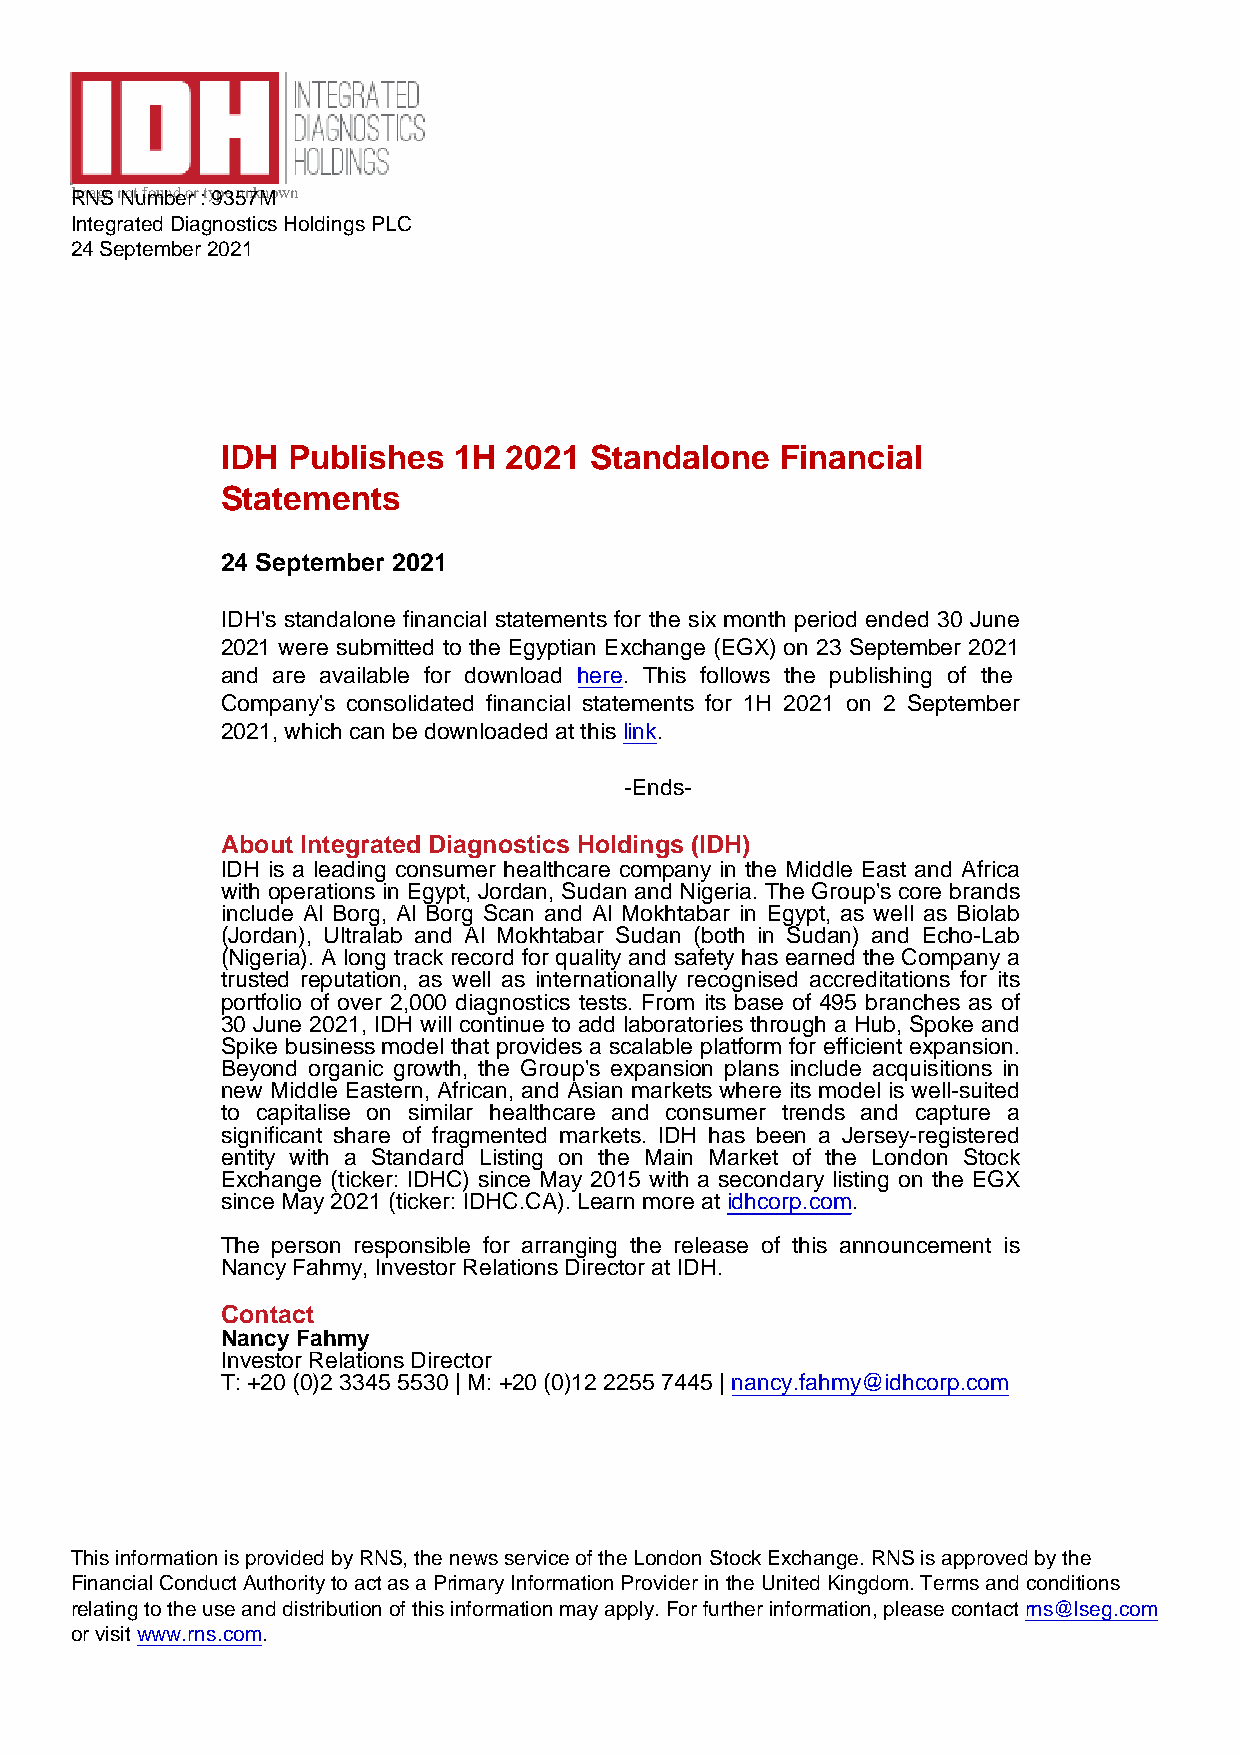
IRmNagSe nNotu fmounbde orr :t y9p3e 5un7kMnown
 Integrated Diagnostics Holdings PLC
 24 September 2021
 IDH Publishes  1H  2021 Standalone   Financial
 Statements
 24 September 2021
 IDH's standalone financial statements for the six month period ended 30 June
 2021 were submitted to the Egyptian Exchange (EGX) on 23 September 2021
 and are available for download here. This follows the publishing of the
 Company's consolidated financial statements for 1H 2021 on 2 September
 2021, which can be downloaded at this link.
 -Ends-
 About Integrated Diagnostics Holdings (IDH)
 IDH is a leading consumer healthcare company in the Middle East and Africa
 with operations in Egypt, Jordan, Sudan and Nigeria. The Group's core brands
 include Al Borg, Al Borg Scan and Al Mokhtabar in Egypt, as well as Biolab
 (Jordan), Ultralab and Al Mokhtabar Sudan (both in Sudan) and Echo-Lab
 (Nigeria). A long track record for quality and safety has earned the Company a
 trusted reputation, as well as internationally recognised accreditations for its
 portfolio of over 2,000 diagnostics tests. From its base of 495 branches as of
 30 June 2021, IDH will continue to add laboratories through a Hub, Spoke and
 Spike business model that provides a scalable platform for efficient expansion.
 Beyond organic growth, the Group's expansion plans include acquisitions in
 new Middle Eastern, African, and Asian markets where its model is well-suited
 to capitalise on similar healthcare and consumer trends and capture a
 significant share of fragmented markets. IDH has been a Jersey-registered
 entity with a Standard Listing on the Main Market of the London Stock
 Exchange (ticker: IDHC) since May 2015 with a secondary listing on the EGX
 since May 2021 (ticker: IDHC.CA). Learn more at idhcorp.com.
 The person responsible for arranging the release of this announcement is
 Nancy Fahmy, Investor Relations Director at IDH.
 Contact
 Nancy Fahmy
 Investor Relations Director
 T: +20 (0)2 3345 5530 | M: +20 (0)12 2255 7445 | nancy.fahmy@idhcorp.com
 This information is provided by RNS, the news service of the London Stock Exchange. RNS is approved by the
 Financial Conduct Authority to act as a Primary Information Provider in the United Kingdom. Terms and conditions
 relating to the use and distribution of this information may apply. For further information, please contact rns@lseg.com
 or visit www.rns.com.